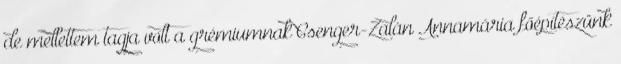
de mellettem tagja volt a grémiumnak Csenger-Zalán Annamária főépítészünk